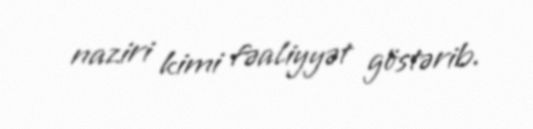
naziri kimi fəaliyyət göstərib.